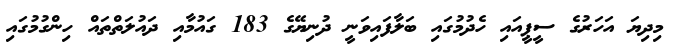
މިދިޔަ އަހަރުގެ ސީޕީއައި ހެދުމުގައި ބަލާފައިވަނީ ދުނިޔޭގެ 183 ގައުމާއި ދައުލަތްތައް ހިންގުމުގައި